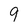
Character: 9